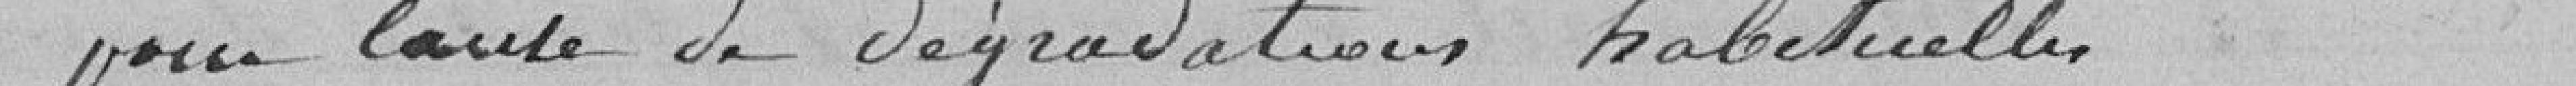
Pour cause de dégradations habituelles